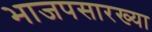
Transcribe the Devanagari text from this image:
भाजपसारख्या